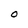
Character: O